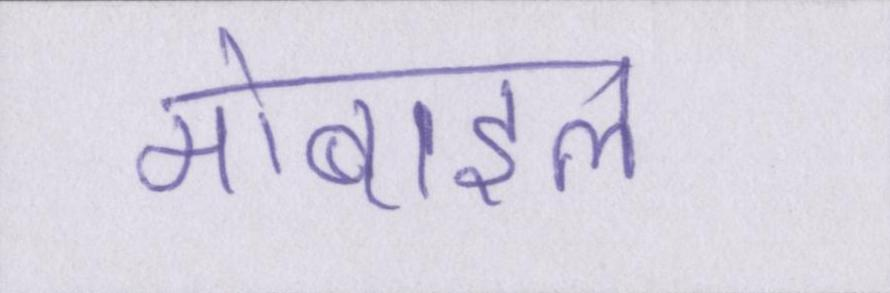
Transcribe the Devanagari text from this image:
मोबाइल